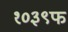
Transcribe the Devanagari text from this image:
१०३९फ